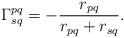
LaTeX: \begin{align*}\Gamma^{pq}_{sq} = - \frac{r_{pq}}{r_{pq} + r_{sq}}.\end{align*}